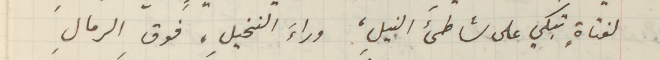
لفتاةٍ تبكي على شاطىء النيلِ، وراء النخيلِ، فوق الرمالِ